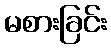
မစားခြင်း